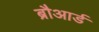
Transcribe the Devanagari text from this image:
ब्रौआर्ड